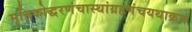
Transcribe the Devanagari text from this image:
मृत्तिकोद्धरणंचास्थांग्रहणंचयथाक्रमं